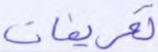
تعريفات